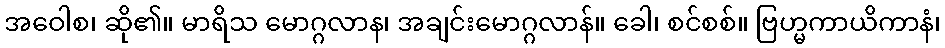
အဝေါစ၊ ဆို၏။ မာရိသ မောဂ္ဂလာန၊ အချင်းမောဂ္ဂလာန်။ ခေါ၊ စင်စစ်။ ဗြဟ္မကာယိကာနံ၊